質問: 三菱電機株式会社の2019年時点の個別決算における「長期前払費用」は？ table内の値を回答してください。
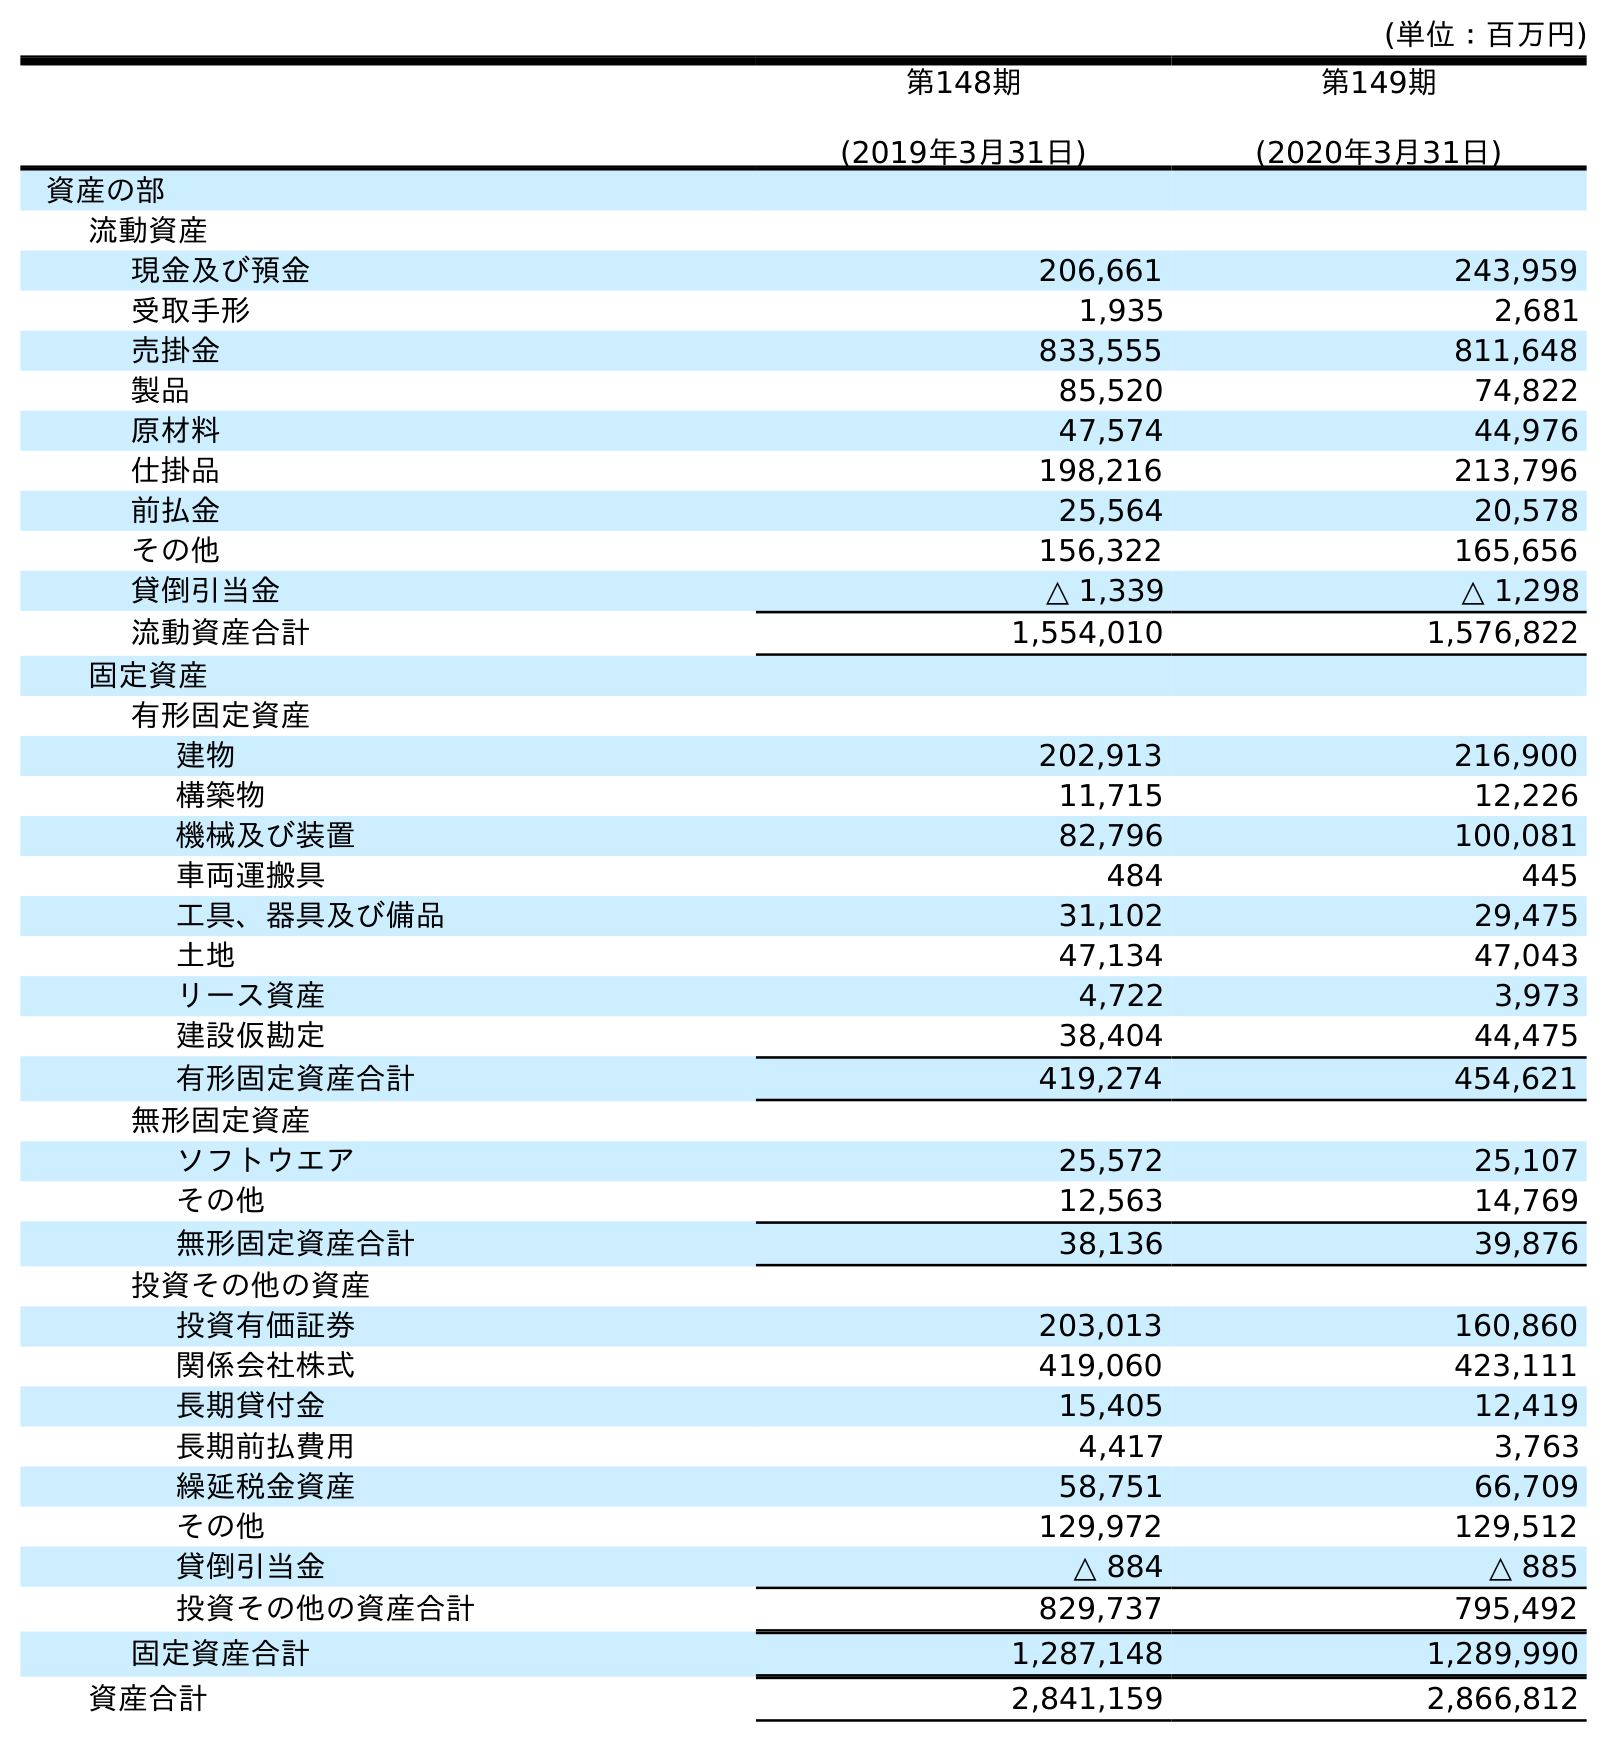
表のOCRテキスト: (単位：百万円) 第148期 (2019年3月31日) 第149期 (2020年3月31日) 資産の部 流動資産 現金及び預金 206,661 243,959 受取手形 1,935 2,681 売掛金 833,555 811,648 製品 85,520 74,822 原材料 47,574 44,976 仕掛品 198,216 213,796 前払金 25,564 20,578 その他 156,322 165,656 貸倒引当金 △ 1,339 △ 1,298 流動資産合計 1,554,010 1,576,822 固定資産 有形固定資産 建物 202,913 216,900 構築物 11,715 12,226 機械及び装置 82,796 100,081 車両運搬具 484 445 工具、器具及び備品 31,102 29,475 土地 47,134 47,043 リース資産 4,722 3,973 建設仮勘定 38,404 44,475 有形固定資産合計 419,274 454,621 無形固定資産 ソフトウエア 25,572 25,107 その他 12,563 14,769 無形固定資産合計 38,136 39,876 投資その他の資産 投資有価証券 203,013 160,860 関係会社株式 419,060 423,111 長期貸付金 15,405 12,419 長期前払費用 4,417 3,763 繰延税金資産 58,751 66,709 その他 129,972 129,512 貸倒引当金 △ 884 △ 885 投資その他の資産合計 829,737 795,492 固定資産合計 1,287,148 1,289,990 資産合計 2,841,159 2,866,812
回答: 4,417